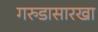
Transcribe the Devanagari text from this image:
गरुडासारखा